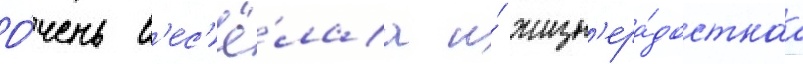
О́чень в'ес'ё́лаа и́ жизн'ера́достнаа